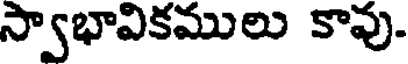
స్వాభావికములు కావు.